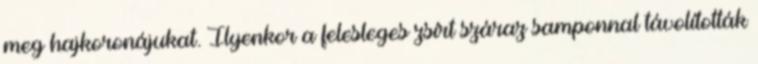
meg hajkoronájukat. Ilyenkor a felesleges zsírt száraz samponnal távolították